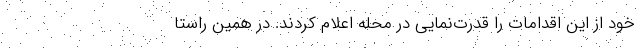
خود از این اقدامات را قدرت‌نمایی در محله اعلام کردند. در همین راستا